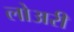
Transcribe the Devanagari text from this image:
लोअरी